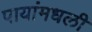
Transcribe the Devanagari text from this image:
पायांमधली